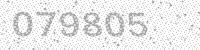
Solution: 079805